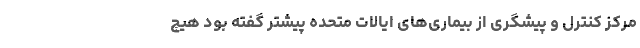
مرکز کنترل و پیشگری از بیماری‌های ایالات متحده پیشتر گفته بود هیچ